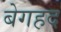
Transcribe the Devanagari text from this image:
बेगहद